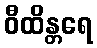
ဝီထိန္တရေ